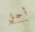
أجل